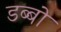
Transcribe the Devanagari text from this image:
डब्बो